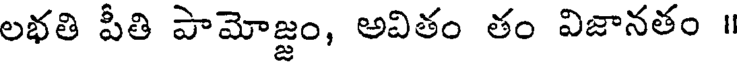
లభతి పీతి పామోజ్జం, అవితం తం విజానతం ॥